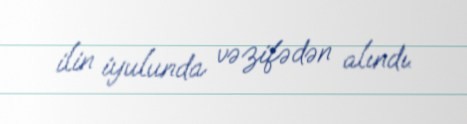
ilin iyulunda vəzifədən alındı.